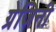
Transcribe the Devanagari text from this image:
ग्रेजिनी